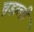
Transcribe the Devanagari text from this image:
चूड़ाली